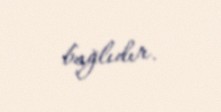
bağlıdır.